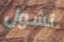
تشول